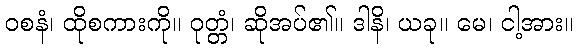
ဝစနံ၊ ထိုစကားကို။ ဝုတ္တံ၊ ဆိုအပ်၏။ ဒါနိ၊ ယခု။ မေ၊ ငါ့အား။